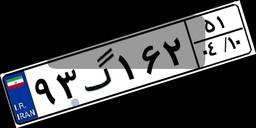
۶۳گ۴۳۴۷۳